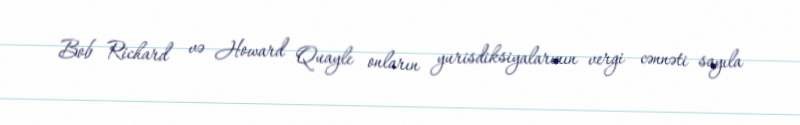
Bob Richard və Howard Quayle onların yurisdiksiyalarının vergi cənnəti sayıla